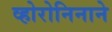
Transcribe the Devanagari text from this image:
व्होरोनिनाने